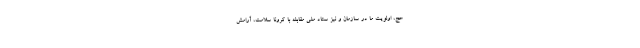
حج، اولویت ما در سازمان و نیز ستاد ملی مقابله با کرونا سلامت، آرامش